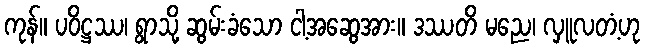
ကုန်။ ပဝိဋ္ဌဿ၊ ရွာသို့ ဆွမ်းခံသော ငါ့အဆွေအား။ ဒဿတိ မညေ၊ လှူလတံ့ဟု